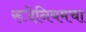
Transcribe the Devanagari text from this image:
रूदेनियमचा